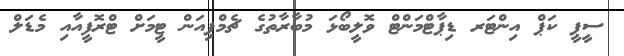
ސީޕީ ކަޕް އިންޓަރ ޑިޕާޓްމަންޓް ވޮލީބޯޅަ މުބާރާތުގެ ޗެމްޕިއަން ޓީމަށް ޓްރޮފީއާއި މެޑަލް